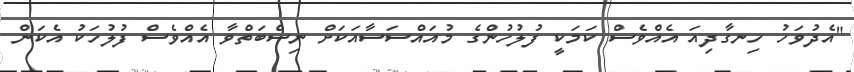
"އެދުވަހު ހިނގާދިއަ އެއްވެސް ކަމަކީ ފުލުހުންގެ މުއައްސަސާއަކަށް ނިސްބަތްވާ އެއްވެސް ފުލުހަކު އެކަން